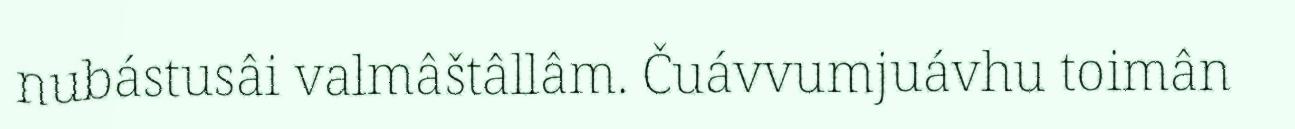
nubástusâi valmâštâllâm. Čuávvumjuávhu toimân